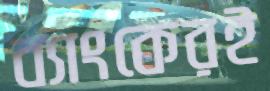
ব্যাংকেরই